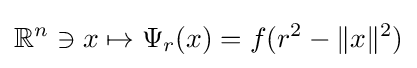
\mathbb {R} ^{n}\ni x\mapsto \Psi _{r}(x)=f(r^{2}-\|x\|^{2})